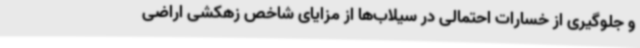
و جلوگیری از خسارات احتمالی در سیلاب‌ها از مزایای شاخص زهکشی اراضی